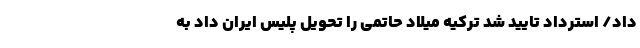
داد/ استرداد تایید شد ترکیه میلاد حاتمی را تحویل پلیس ایران داد به